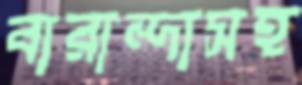
বারান্দাসহ